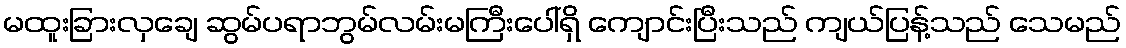
မထူးခြားလှချေ ဆွမ်ပရာဘွမ်လမ်းမကြီးပေါ်ရှိ ကျောင်းပြီးသည် ကျယ်ပြန့်သည် သေမည်